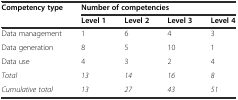
| <ROWSPAN=2> Competency type | <COLSPAN=4> Number of competencies |
 | Level 1 | Level 2 | Level 3 | Level 4 |
 | --- | --- | --- | --- | --- |
 | Data management | 1 | 6 | 4 | 3 |
 | Data generation | 8 | 5 | 10 | 1 |
 | Data use | 4 | 3 | 2 | 4 |
 | Total | 13 | 14 | 16 | 8 |
 | Cumulative total | 13 | 27 | 43 | 51 |